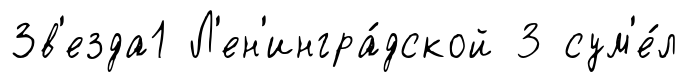
Зв'езда1 Л'ен'ингра́дской 3 сум'е́л